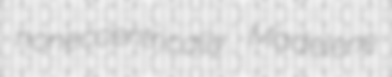
noneccentrically Madelene